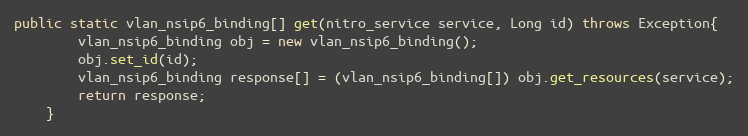
Language: Java
public static vlan_nsip6_binding[] get(nitro_service service, Long id) throws Exception{
		vlan_nsip6_binding obj = new vlan_nsip6_binding();
		obj.set_id(id);
		vlan_nsip6_binding response[] = (vlan_nsip6_binding[]) obj.get_resources(service);
		return response;
	}